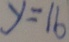
y = 1 6